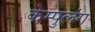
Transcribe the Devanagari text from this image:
केम्पुलंग